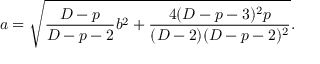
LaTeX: a = \sqrt { { \frac { D - p } { D - p - 2 } } b ^ { 2 } + { \frac { 4 ( D - p - 3 ) ^ { 2 } p } { ( D - 2 ) ( D - p - 2 ) ^ { 2 } } } } .